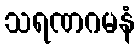
သရဏဂမနံ